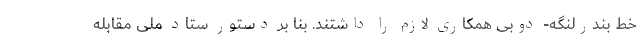
خط بندرلنگه- دوبی همکاری لازم را داشتند. بنا بر دستور ستاد ملی مقابله